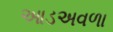
આડઅવળા